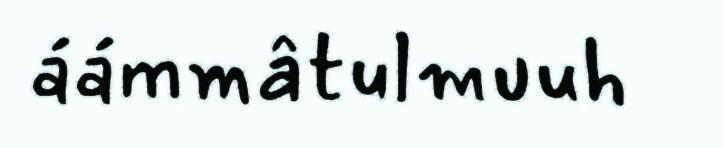
áámmâtulmuuh